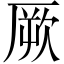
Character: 厥